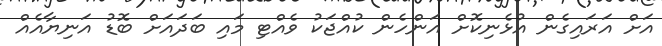
އަށް އަރައިގެން އުޅެނިކޮށް އަންހެން ކުއްޖަކު ވެއްޓި މައި ބަދައަށް ބޮޑު އަނިޔާއެއް